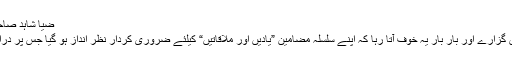
ضیا شاہد صاحب بغیر کسی لمبی چوڑی تمہید کے براہ راست لکھتے ہیں:
”گزشتہ دنوں علالت کے سبب کچھ دن گھر، باقی ہسپتال میں گزارے اور بار بار یہ خوف آتا رہا کہ اپنے سلسلہ مضامین ”یادیں اور ملاقاتیں“ کیلئے ضروری کردار نظر انداز ہو گیا جس پر دراصل برسوں سے کچھ لکھنے کی ہمت ہی نہیں پڑ رہی تھی۔